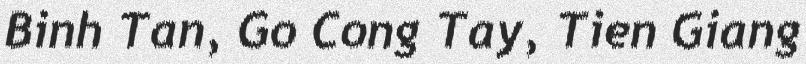
Binh Tan, Go Cong Tay, Tien Giang